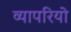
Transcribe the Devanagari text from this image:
व्यापरियो